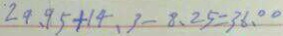
2 9 . 9 5 + 1 4 . 3 - 8 . 2 5 = 3 6 . 0 0